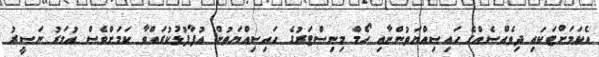
އެކަމަށްޓަކައި ދިވެއްސެއްގެ ހައިޞިއްޔަތުންނާއި ހޯމް މިނިސްޓަރުގެ ހައިޞިއްޔަތުން އުފާފުޅުކުރައްވާ ކަމަށްވެސް އުމަރު ނަޞީރު